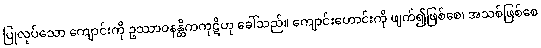
ပြုလုပ်သော ကျောင်းကို ဥဿာဝနန္တိကကုဋိဟု ခေါ်သည်။ ကျောင်းဟောင်းကို ဖျက်၍ဖြစ်စေ၊ အသစ်ဖြစ်စေ